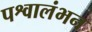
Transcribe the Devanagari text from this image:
पश्वालंभन